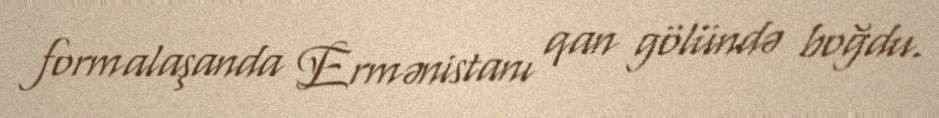
formalaşanda Ermənistanı qan gölündə boğdu.